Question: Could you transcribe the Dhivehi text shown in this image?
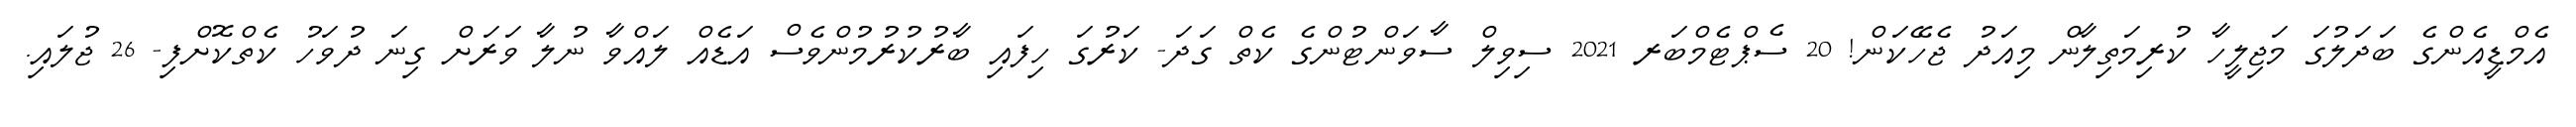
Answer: އެމްޑީއެންގެ ބަދަލުގަ މަޖިލީހާ ކުރިމަތިލާން މިއަދު ޖެހޭކަން! 20 ސެޕްޓެމްބަރ 2021 ސިވިލް ސާވަންޓުންގެ ކެތް ގަދަ- ކަރުގަ ހިފައި ބާރުކުރުމުންވެސް އަޑެއް ލައްވާ ނުލާ ވަރަށް ގިނަ ދުވަހު ކެތްކޮށްފި- 26 ޖުލައި.